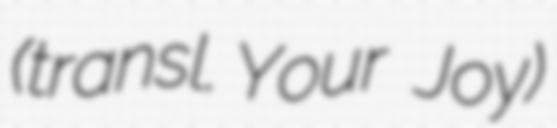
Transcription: (transl. Your Joy)